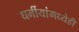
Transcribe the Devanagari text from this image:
धर्मीयांमध्येही